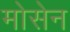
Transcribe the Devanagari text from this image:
मोसेन